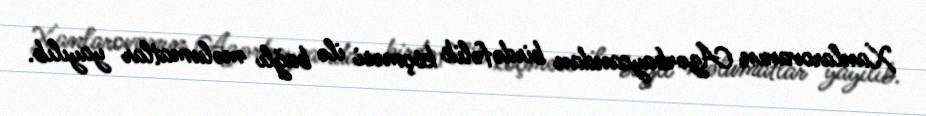
Xanlarovanın Azərbaycandan birdəfəlik köçməsi ilə bağlı məlumatlar yayılıb.